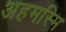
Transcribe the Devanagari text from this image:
अहमस्मि